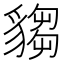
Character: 𧳹